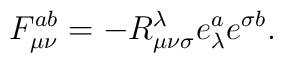
F_{\mu \nu }^{ab}=-R_{\mu \nu \sigma }^\lambda e_\lambda ^ae^{\sigma b}.